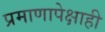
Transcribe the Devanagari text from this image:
प्रमाणापेक्षाही